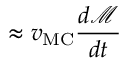
\approx v _ { \mathrm { M C } } \frac { d \mathcal { M } } { d t }